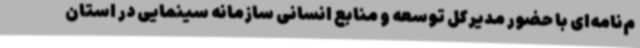
م‌نامه‌ای با حضور مدیرکل توسعه و منابع انسانی سازمانه سینمایی در استان